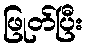
ဖြုတ်ပြီး